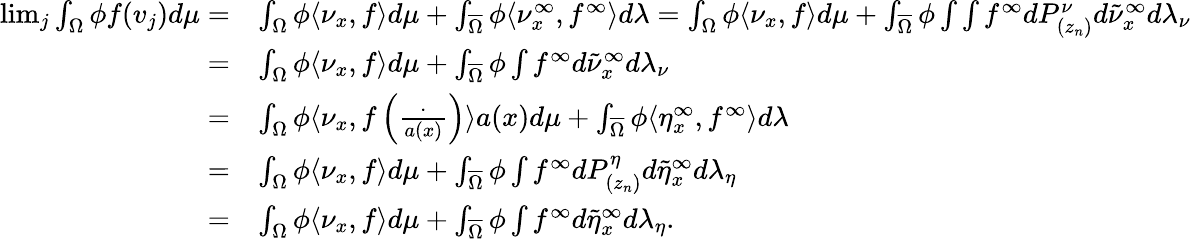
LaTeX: \begin{array}{rl}{\operatorname*{lim}_{j}\int_{\Omega}\phi f(v_{j})d\mu=}&{\int_{\Omega}\phi\langle\nu_{x},f\rangle d\mu+\int_{\overline{{\Omega}}}\phi\langle\nu_{x}^{\infty},f^{\infty}\rangle d\lambda=\int_{\Omega}\phi\langle\nu_{x},f\rangle d\mu+\int_{\overline{{\Omega}}}\phi\int\int f^{\infty}dP_{(z_{n})}^{\nu}d\tilde{\nu}_{x}^{\infty}d\lambda_{\nu}}\\ {=}&{\int_{\Omega}\phi\langle\nu_{x},f\rangle d\mu+\int_{\overline{{\Omega}}}\phi\int f^{\infty}d\tilde{\nu}_{x}^{\infty}d\lambda_{\nu}}\\ {=}&{\int_{\Omega}\phi\langle\nu_{x},f\left(\frac{\cdot}{a(x)}\right)\rangle a(x)d\mu+\int_{\overline{{\Omega}}}\phi\langle\eta_{x}^{\infty},f^{\infty}\rangle d\lambda}\\ {=}&{\int_{\Omega}\phi\langle\nu_{x},f\rangle d\mu+\int_{\overline{{\Omega}}}\phi\int f^{\infty}dP_{(z_{n})}^{\eta}d\tilde{\eta}_{x}^{\infty}d\lambda_{\eta}}\\ {=}&{\int_{\Omega}\phi\langle\nu_{x},f\rangle d\mu+\int_{\overline{{\Omega}}}\phi\int f^{\infty}d\tilde{\eta}_{x}^{\infty}d\lambda_{\eta}.}\end{array}